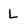
Character: L